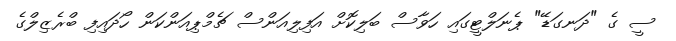
ސީ ގެ "ދަނގަޑޭ" ޕެނަލްޓީގައި ހަވާސް ބަލިކޮށް އަފިލިއަންސް ޗެމްޕިއަންކަން ހޯދައިފި ބްރެޒިލްގެ